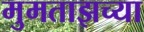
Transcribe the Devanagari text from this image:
मुमताझच्या